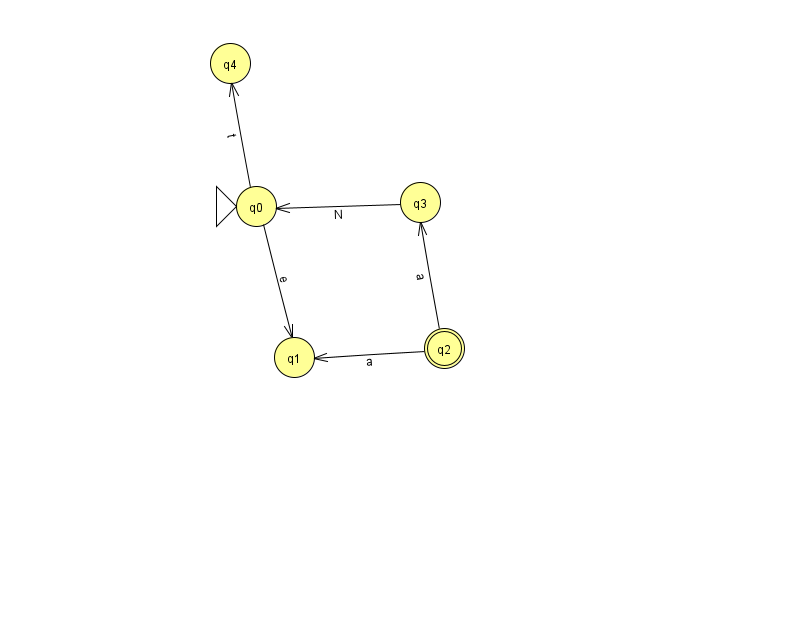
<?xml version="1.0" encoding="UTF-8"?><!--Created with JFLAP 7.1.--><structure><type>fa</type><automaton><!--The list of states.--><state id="0" name="q0"><x>256.0</x><y>193.0</y><initial/></state><state id="1" name="q1"><x>294.0</x><y>344.0</y></state><state id="2" name="q2"><x>444.0</x><y>335.0</y><final/></state><state id="3" name="q3"><x>420.0</x><y>189.0</y></state><state id="4" name="q4"><x>230.0</x><y>50.0</y></state><!--The list of transitions.--><transition><from>0</from><to>4</to><read>t</read></transition><transition><from>3</from><to>0</to><read>N</read></transition><transition><from>2</from><to>1</to><read>a</read></transition><transition><from>0</from><to>1</to><read>e</read></transition><transition><from>2</from><to>3</to><read>a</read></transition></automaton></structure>